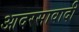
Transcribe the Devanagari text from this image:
आदरसावादी